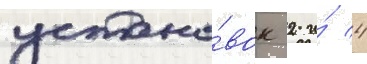
устано́вок 2 и́ 4